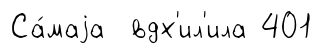
Са́маjа вдх'ил'ила 401